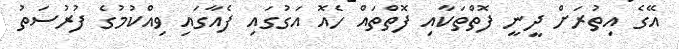
އޭގެ އިތުރަށް ދީނީ ފޮތްތަކާއި ފޮތްތައް ހެއޮ އަގުގައި ފެއާގައި ވިއްކުމުގެ ފުރުސަތު